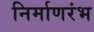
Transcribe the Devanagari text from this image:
निर्माणरंभ